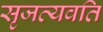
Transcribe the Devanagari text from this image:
सृजत्यवति